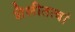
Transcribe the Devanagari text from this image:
शैलीतत्वां